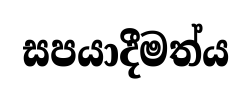
සපයාදීමත්ය